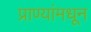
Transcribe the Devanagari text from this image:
प्राण्यांमधून